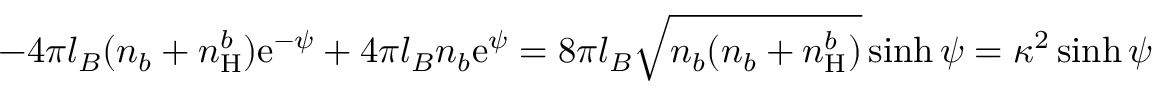
- 4 \pi l _ { B } ( n _ { b } + n _ { \mathrm { H } } ^ { b } ) \mathrm { e } ^ { - \psi } + 4 \pi l _ { B } n _ { b } \mathrm { e } ^ { \psi } = 8 \pi l _ { B } \sqrt { n _ { b } ( n _ { b } + n _ { \mathrm { H } } ^ { b } ) } \sinh { \psi } = \kappa ^ { 2 } \sinh { \psi }